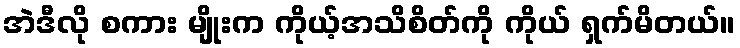
အဲဒီလို စကား မျိုးက ကိုယ့်အသိစိတ်ကို ကိုယ် ရှက်မိတယ်။